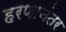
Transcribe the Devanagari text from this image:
हरणानंतर